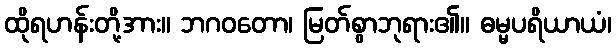
ထိုရဟန်းတို့အား။ ဘဂဝတော၊ မြတ်စွာဘုရား၏။ ဓမ္မပရိယာယံ၊